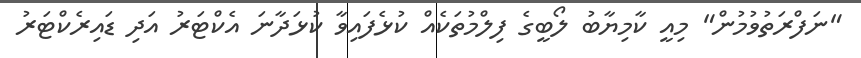
"ނަފްރަތުވުމުން" މިއީ ކާމިޔާބު ލޯބީގެ ފިލްމުތަކެއް ކުޅެފައިވާ ކުޅަދާނަ އެކްޓަރު އަދި ޑައިރެކްޓަރު